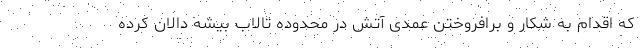
که اقدام به شکار و برافروختن عمدی آتش در محدوده تالاب بیشه دالان کرده